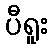
ပီရူး